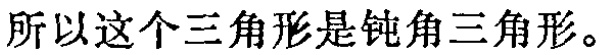
所以这个三角形是钝角三角形。